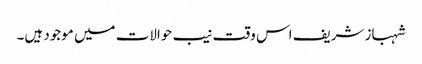
شہباز شریف اس وقت نیب حوالات میں موجود ہیں۔